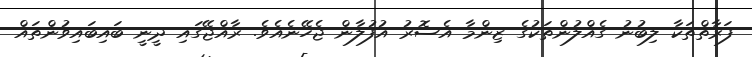
ފަރާތްތަކާ ލިބުނު ގެއްލުންތަކުގެ ޒިންމާ އެސޮރު އުފުލާން ޖެހޭނެއެވެ. ރާއްޖޭގައި ދީނީ ބައިބައިވުންތައް